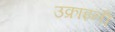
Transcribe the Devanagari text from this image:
उक्राइनी